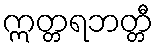
ဣတ္တရဘတ္တီ